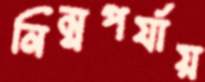
নিম্নপর্যায়